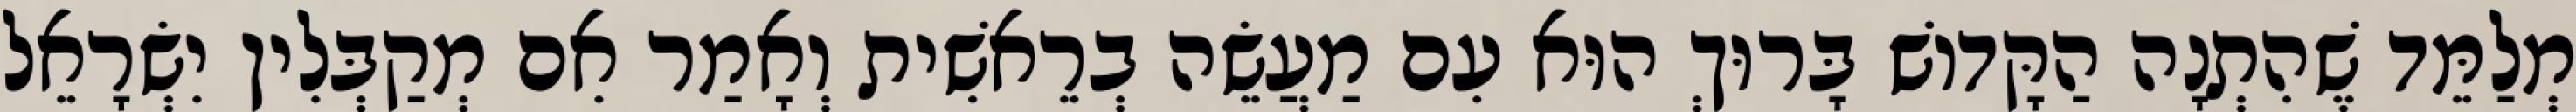
מְלַמֵּד שֶׁהִתְנָה הַקָּדוֹשׁ בָּרוּךְ הוּא עִם מַעֲשֵׂה בְרֵאשִׁית וְאָמַר אִם מְקַבְּלִין יִשְׂרָאֵל